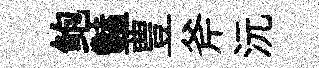
鲍豔豊斧沅